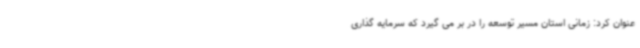
عنوان کرد: زمانی استان مسیر توسعه را در بر می گیرد که سرمایه گذاری